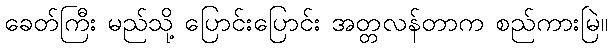
ခေတ်ကြီး မည်သို့ ပြောင်းပြောင်း အတ္တလန်တာက စည်ကားမြဲ။